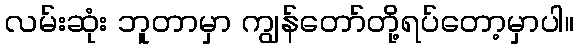
လမ်းဆုံး ဘူတာမှာ ကျွန်တော်တို့ရပ်တော့မှာပါ။